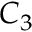
C _ { 3 }